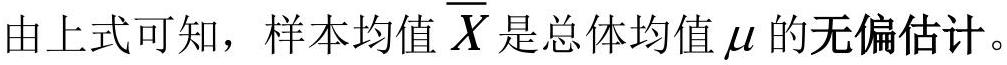
由上式可知，样本均值$\overline{X}$是总体均值$\mu$的无偏估计。